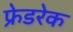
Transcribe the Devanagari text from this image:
फ्रेडरेक